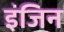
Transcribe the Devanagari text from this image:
इंजिन